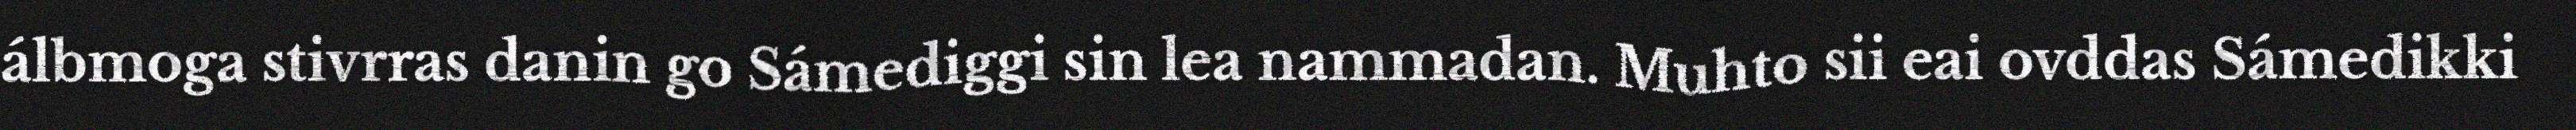
álbmoga stivrras danin go Sámediggi sin lea nammadan. Muhto sii eai ovddas Sámedikki